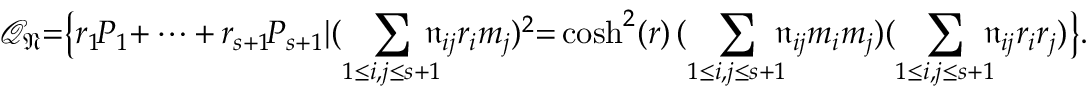
\mathcal { Q } _ { \mathfrak { N } } { = } \big \{ r _ { 1 } \! P _ { 1 } { + \dots + \, } r _ { s + 1 } \! P _ { s + 1 } | \displaystyle ( \sum _ { 1 \le i , j \le s { + } 1 } \! \! \! \! \mathfrak { n } _ { i j } r _ { i } m _ { j } ) ^ { 2 } { = } \cosh ^ { 2 } ( r ) \, ( \sum _ { 1 \le i , j \le s { + } 1 } \! \! \! \mathfrak { n } _ { i j } m _ { i } m _ { j } ) ( \sum _ { 1 \le i , j \le s { + } 1 } \! \! \! \mathfrak { n } _ { i j } r _ { i } r _ { j } ) \big \} .